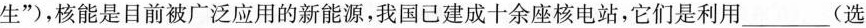
生”)，核能是目前被广泛应用的新能源，我国已建成十余座核电站，它们是利用___(选